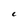
Character: c